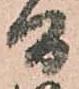
間